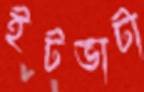
ইটভাটা